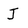
Character: J